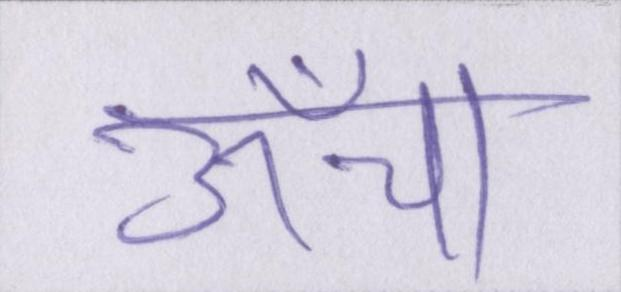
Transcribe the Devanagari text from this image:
ऊँचा